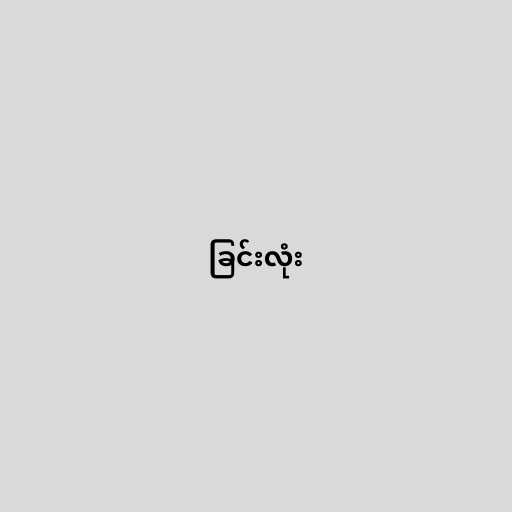
ခြင်းလုံး